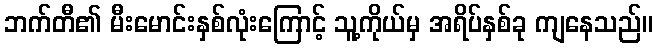
ဘက်တီ၏ မီးမောင်းနှစ်လုံးကြောင့် သူ့ကိုယ်မှ အရိပ်နှစ်ခု ကျနေသည်။